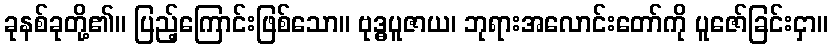
ခုနစ်ခုတို့၏။ ပြည့်ကြောင်းဖြစ်သော။ ဗုဒ္ဓပူဇာယ၊ ဘုရားအလောင်းတော်ကို ပူဇော်ခြင်းငှာ။